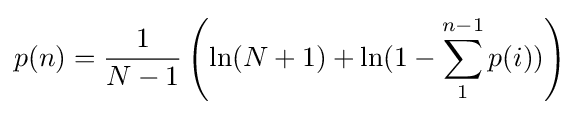
p(n)={\frac {1}{N-1}}\left(\ln(N+1)+\ln(1-\sum _{1}^{n-1}p(i))\right)